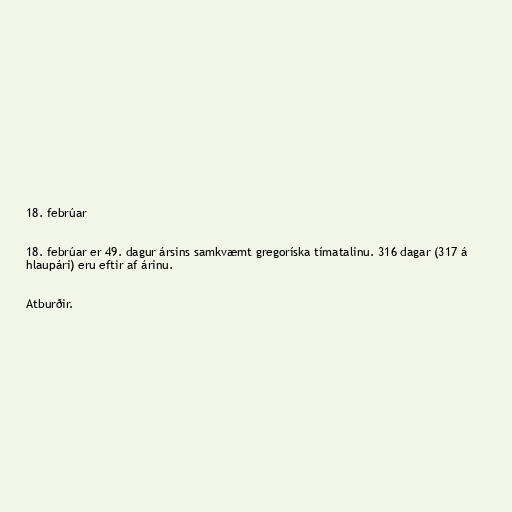
18. febrúar

18. febrúar er 49. dagur ársins samkvæmt gregoríska tímatalinu. 316 dagar (317 á
hlaupári) eru eftir af árinu.

Atburðir.